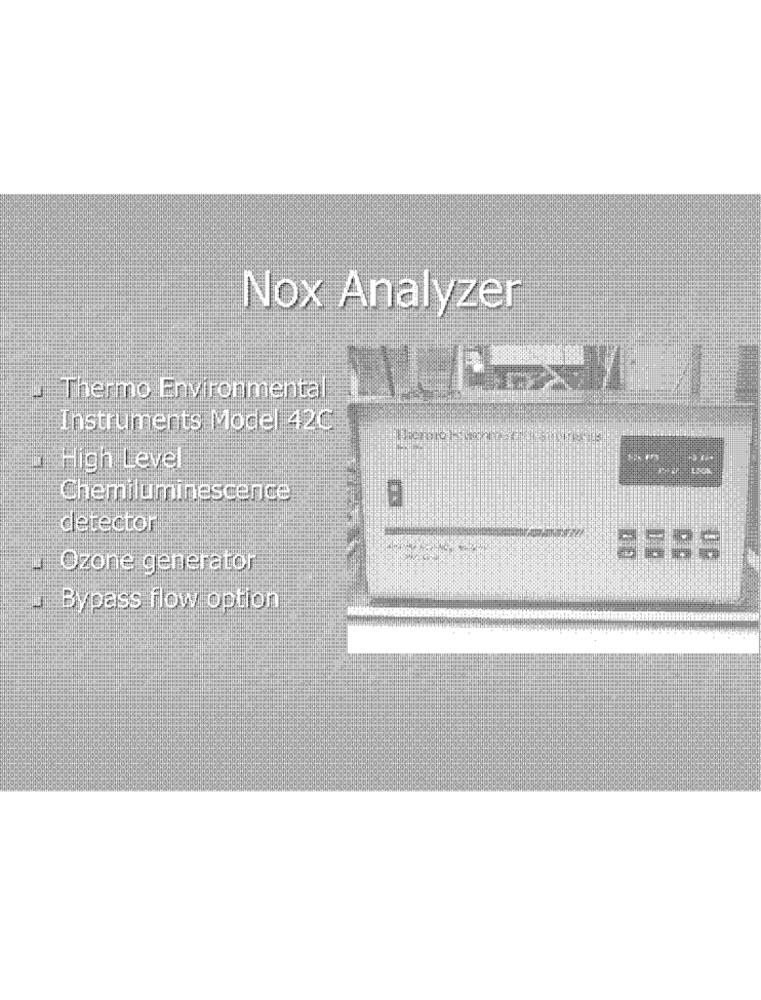
Nox Analyzer
Thermo Environmental
Instruments Model 42C
High Level
Chemiluminescence
detector
Ozone generator
Bypass flow option